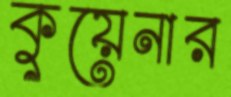
কুয়েনার